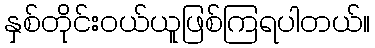
နှစ်တိုင်းဝယ်ယူဖြစ်ကြရပါတယ်။